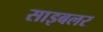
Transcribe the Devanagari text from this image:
साइबलर